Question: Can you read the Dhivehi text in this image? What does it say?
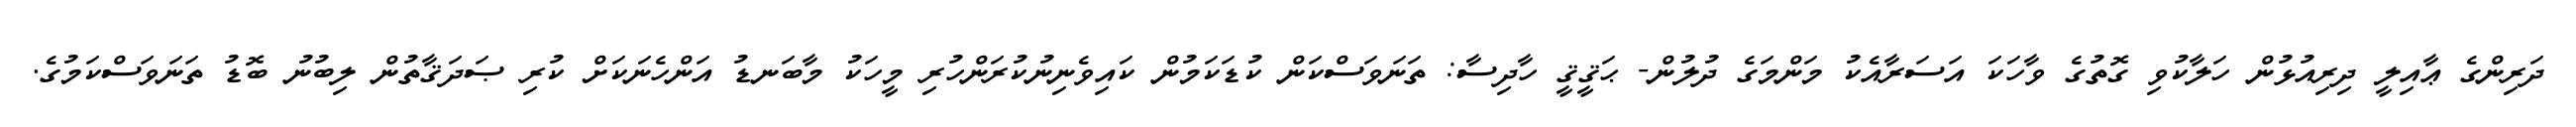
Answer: ދަރިންގެ ޢާއިލީ ދިރިއުޅުން ހަލާކުވި ގޮތުގެ ވާހަކަ އަސަރާއެކު މަންމަގެ ދުލުން- ޙަޤީޤީ ހާދިސާ: ތަނަވަސްކަން ކުޑަކަމުން ކައިވެނިނުކުރަންހުރި މީހަކު މާބަނޑު އަންހެނަކަށް ކުރި ޞަދަޤާތުން ލިބުނު ބޮޑު ތަނަވަސްކަމުގެ.